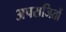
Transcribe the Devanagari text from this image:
अपराजितों